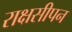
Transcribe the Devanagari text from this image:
राक्षसीपन